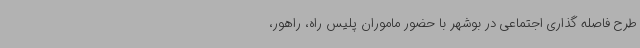
طرح فاصله گذاری اجتماعی در بوشهر با حضور ماموران پلیس راه، راهور،